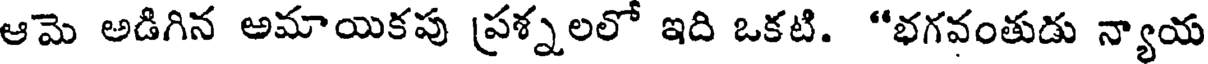
ఆమె అడిగిన అమాయికపు ప్రశ్నలలో ఇది ఒకటి. "భగవంతుడు న్యాయ